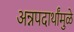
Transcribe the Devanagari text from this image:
अन्नपदार्थांमुळे